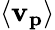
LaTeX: \langle\mathbf{v_{p}}\rangle